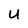
Character: U